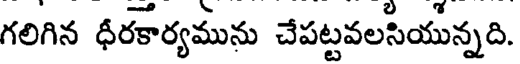
గలిగిన ధీరకార్యమును చేపట్టవలసియున్నది.